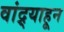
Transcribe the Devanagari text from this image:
वांद्र्याहून